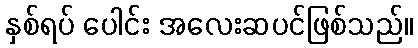
နှစ်ရပ် ပေါင်း အလေးဆပင်ဖြစ်သည်။